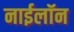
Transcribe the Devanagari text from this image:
नाईलॉन